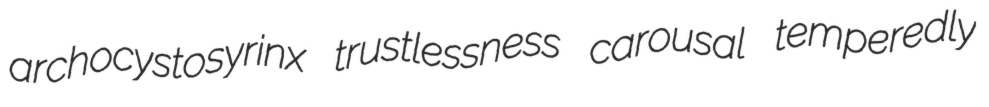
archocystosyrinx trustlessness carousal temperedly